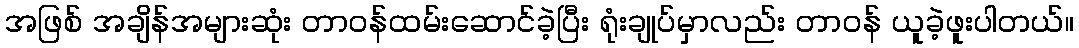
အဖြစ် အချိန်အများဆုံး တာဝန်ထမ်းဆောင်ခဲ့ပြီး ရုံးချုပ်မှာလည်း တာဝန် ယူခဲ့ဖူးပါတယ်။